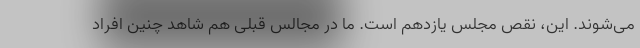
می‌شوند. این، نقص مجلس یازدهم است. ما در مجالس قبلی هم شاهد چنین افراد